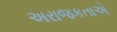
અરાજકતાએ